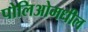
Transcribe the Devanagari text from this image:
पोलिओमधील